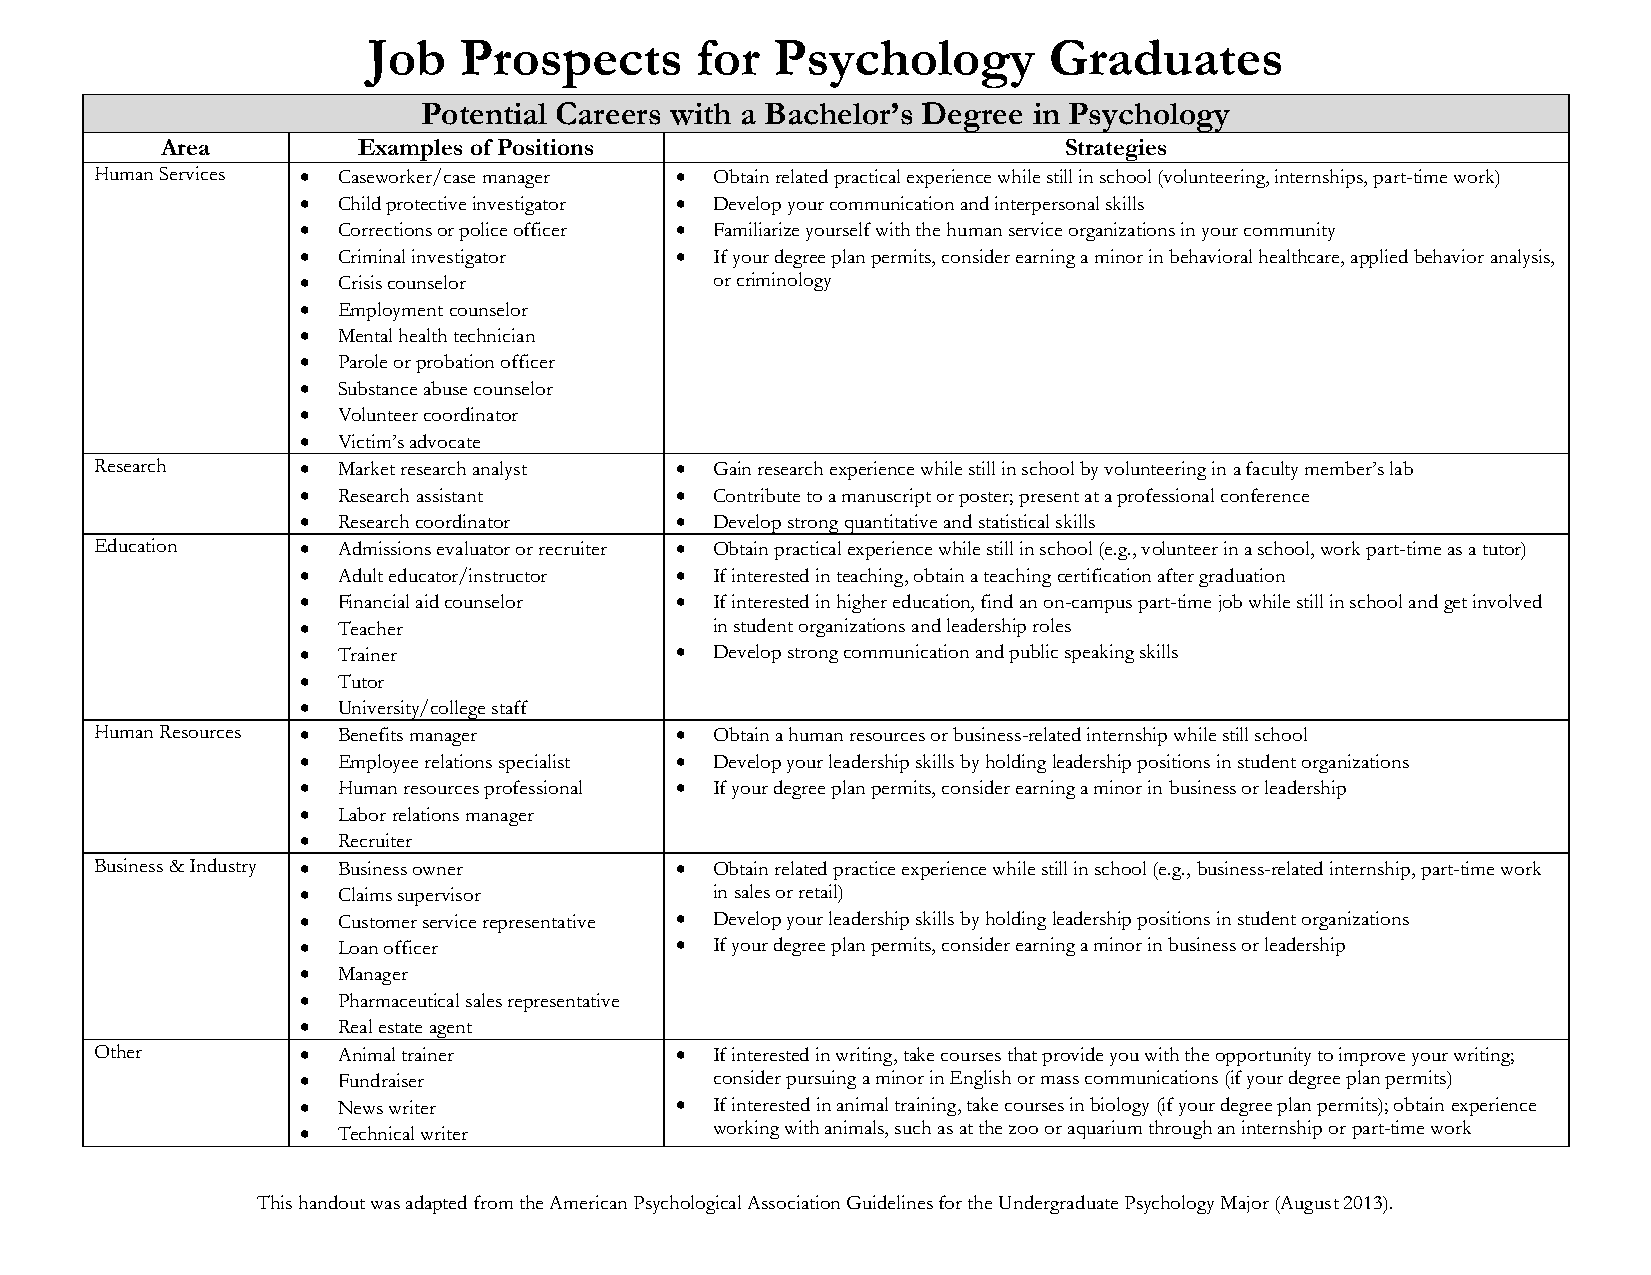
Job   Prospects       for  Psychology        Graduates
 Potential Careers with a Bachelor’s Degree in Psychology
 Area         Examples of Positions                         Strategies
 Human Services  Caseworker/case manager  Obtain related practical experience while still in school (volunteering, internships, part-time work)
  Child protective investigator  Develop your communication and interpersonal skills
  Corrections or police officer  Familiarize yourself with the human service organizations in your community
  Criminal investigator   If your degree plan permits, consider earning a minor in behavioral healthcare, applied behavior analysis,
  Crisis counselor         or criminology
  Employment counselor
  Mental health technician
  Parole or probation officer
  Substance abuse counselor
  Volunteer coordinator
  Victim’s advocate
 Research       Market research analyst  Gain research experience while still in school by volunteering in a faculty member’s lab
  Research assistant      Contribute to a manuscript or poster; present at a professional conference
  Research coordinator    Develop strong quantitative and statistical skills
 Education      Admissions evaluator or recruiter  Obtain practical experience while still in school (e.g., volunteer in a school, work part-time as a tutor)
  Adult educator/instructor  If interested in teaching, obtain a teaching certification after graduation
  Financial aid counselor  If interested in higher education, find an on-campus part-time job while still in school and get involved
  Teacher                  in student organizations and leadership roles
  Trainer                 Develop strong communication and public speaking skills
  Tutor
  University/college staff
 Human Resources  Benefits manager      Obtain a human resources or business-related internship while still school
  Employee relations specialist  Develop your leadership skills by holding leadership positions in student organizations
  Human resources professional  If your degree plan permits, consider earning a minor in business or leadership
  Labor relations manager
  Recruiter
 Business & Industry  Business owner    Obtain related practice experience while still in school (e.g., business-related internship, part-time work
  Claims supervisor        in sales or retail)
  Customer service representative  Develop your leadership skills by holding leadership positions in student organizations
  Loan officer            If your degree plan permits, consider earning a minor in business or leadership
  Manager
  Pharmaceutical sales representative
  Real estate agent
 Other          Animal trainer          If interested in writing, take courses that provide you with the opportunity to improve your writing;
  Fundraiser               consider pursuing a minor in English or mass communications (if your degree plan permits)
  News writer             If interested in animal training, take courses in biology (if your degree plan permits); obtain experience
  Technical writer         working with animals, such as at the zoo or aquarium through an internship or part-time work
 This handout was adapted from the American Psychological Association Guidelines for the Undergraduate Psychology Major (August 2013).